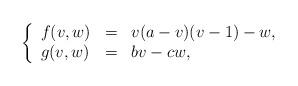
LaTeX: \begin{align*}\left\{\begin{array}{lcl} f(v,w)&=&v(a-v)(v-1)-w, \\ g(v,w)&=&bv-cw , \end{array}\right.\end{align*}